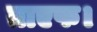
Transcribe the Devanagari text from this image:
ताएफ।